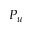
P _ { u }